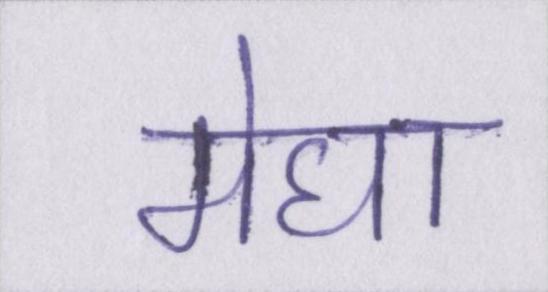
मेघा